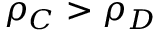
\rho _ { C } > \rho _ { D }